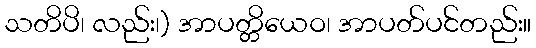
သတိပိ၊ လည်း၊) အာပတ္တိယေဝ၊ အာပတ်ပင်တည်း။